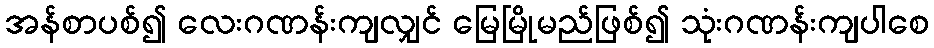
အန်စာပစ်၍ လေးဂဏန်းကျလျှင် မြေမြိုမည်ဖြစ်၍ သုံးဂဏန်းကျပါစေ